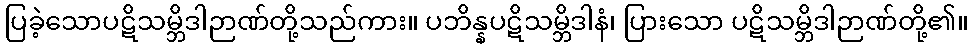
ပြခဲ့သောပဋိသမ္ဘိဒါဉာဏ်တို့သည်ကား။ ပဘိန္နပဋိသမ္ဘိဒါနံ၊ ပြားသော ပဋိသမ္ဘိဒါဉာဏ်တို့၏။